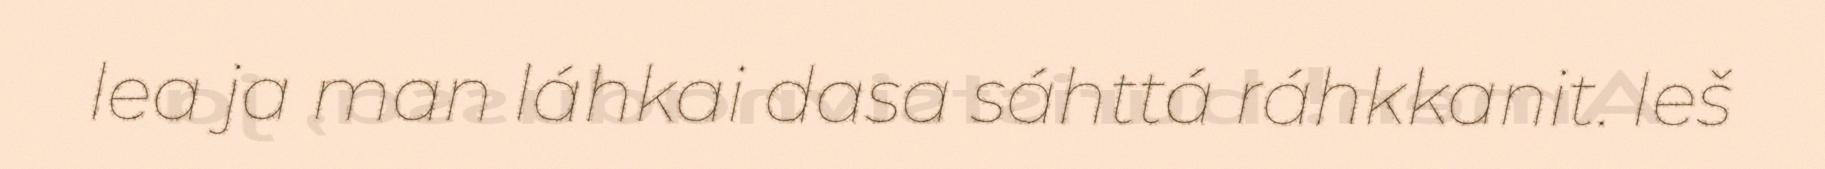
lea ja man láhkai dasa sáhttá ráhkkanit. Ieš